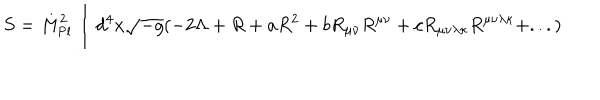
LaTeX: S = { M } _ { \mathrm { { P l } } } ^ { 2 } \int _ { } ^ { } { d } ^ { 4 } x \sqrt { - g } ( - 2 \Lambda + R + a { R } ^ { 2 } + b { R } _ { \mu \nu } { R } ^ { \mu \nu } + c { R } _ { \mu \nu \lambda \kappa } { R } ^ { \mu \nu \lambda \kappa } + . . . )